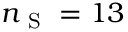
n _ { \mathrm { ~ S ~ } } = 1 3